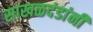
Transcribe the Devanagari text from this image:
साखळदंडांनी